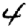
Digit: 4